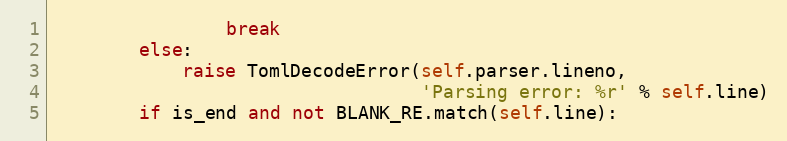
Language: Python
                break
        else:
            raise TomlDecodeError(self.parser.lineno,
                                  'Parsing error: %r' % self.line)
        if is_end and not BLANK_RE.match(self.line):